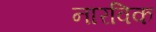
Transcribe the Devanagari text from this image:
नारविक